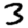
Digit: 3